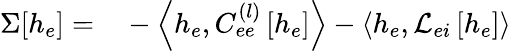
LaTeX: \begin{array}{rl}{\Sigma[h_{e}]=}&{{}-\left<h_{e},C_{ee}^{(l)}\left[h_{e}\right]\right>-\left<h_{e},\mathcal{L}_{ei}\left[h_{e}\right]\right>}\end{array}